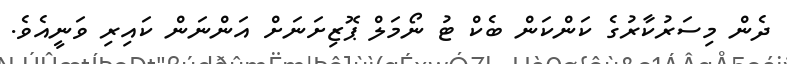
ދެން މިސަރުކާރުގެ ކަންކަން ބެކް ޓު ނޯމަލް ޕޮޒިށަނަށް އަންނަން ކައިރި ވަނީއެވެ.